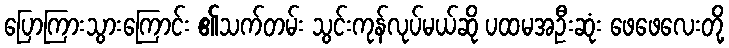
ပြောကြားသွားကြောင်း ၏သက်တမ်း သွင်းကုန်လုပ်မယ်ဆို ပထမအဦးဆုံး ဖေဖေလေးတို့